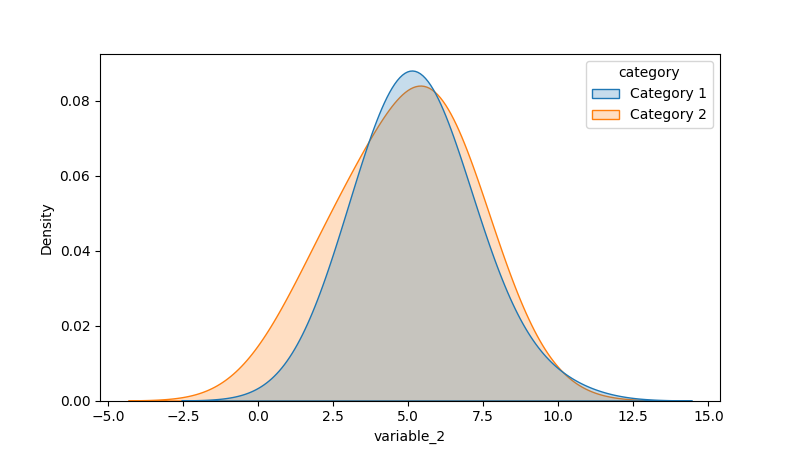
python, seaborn, kdeplot, hue='category', fill=True, bw_adjust=2.0